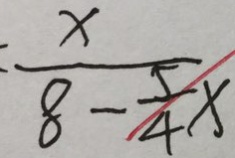
\frac { x } { 8 - \frac { 5 } { 4 } x }